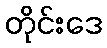
တိုင်းဒေ